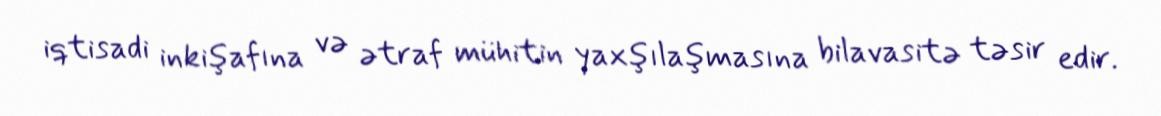
iqtisadi inkişafına və ətraf mühitin yaxşılaşmasına bilavasitə təsir edir.